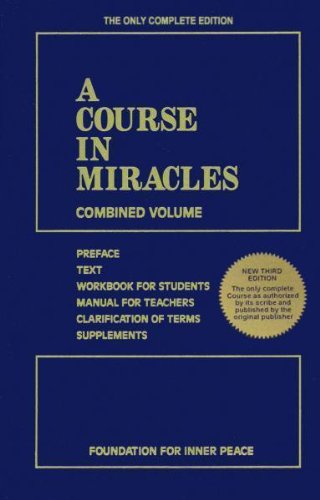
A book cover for A Course In Miracles; Foundation For Inner Peace; Self-Help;